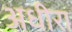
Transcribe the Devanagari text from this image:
अधीरा